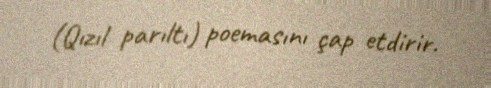
(Qızıl parıltı) poemasını çap etdirir.